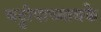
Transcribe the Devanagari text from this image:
चट्टोपाध्यायके